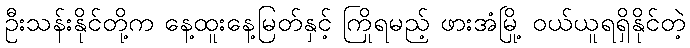
ဦးသန်းနိုင်တို့က နေ့ထူးနေ့မြတ်နှင့် ကြိုရမည့် ဖားအံမြို့ ဝယ်ယူရရှိနိုင်တဲ့